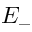
E _ { - }